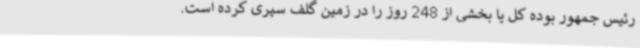
رئیس جمهور بوده کل یا بخشی از 248 روز را در زمین گلف سپری کرده است.